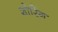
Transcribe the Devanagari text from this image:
शोरिंग